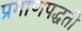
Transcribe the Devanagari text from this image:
प्रमाणपद्धती